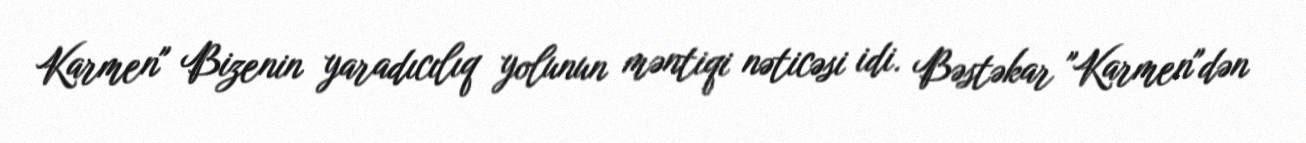
Karmen" Bizenin yaradıcılıq yolunun məntiqi nəticəsi idi. Bəstəkar "Karmen"dən